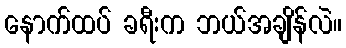
နောက်ထပ် ခရီးက ဘယ်အချိန်လဲ။